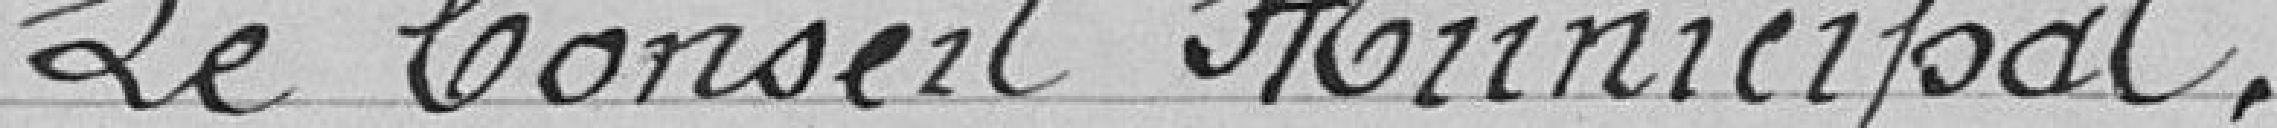
Le Conseil Municipal,